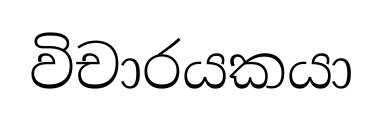
විචාරයකයා